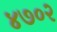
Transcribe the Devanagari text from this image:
४७०२